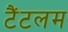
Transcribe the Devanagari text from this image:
टैंटलम